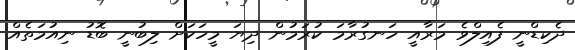
ދެކިޑްނީ ފެއިލްވެ މަރާއީ ހަނގުރާމަ ކުރަމުން ދިޔަ މީހަކަށް ލިބުނީ ބޮޑު ނިއުމަތެއް